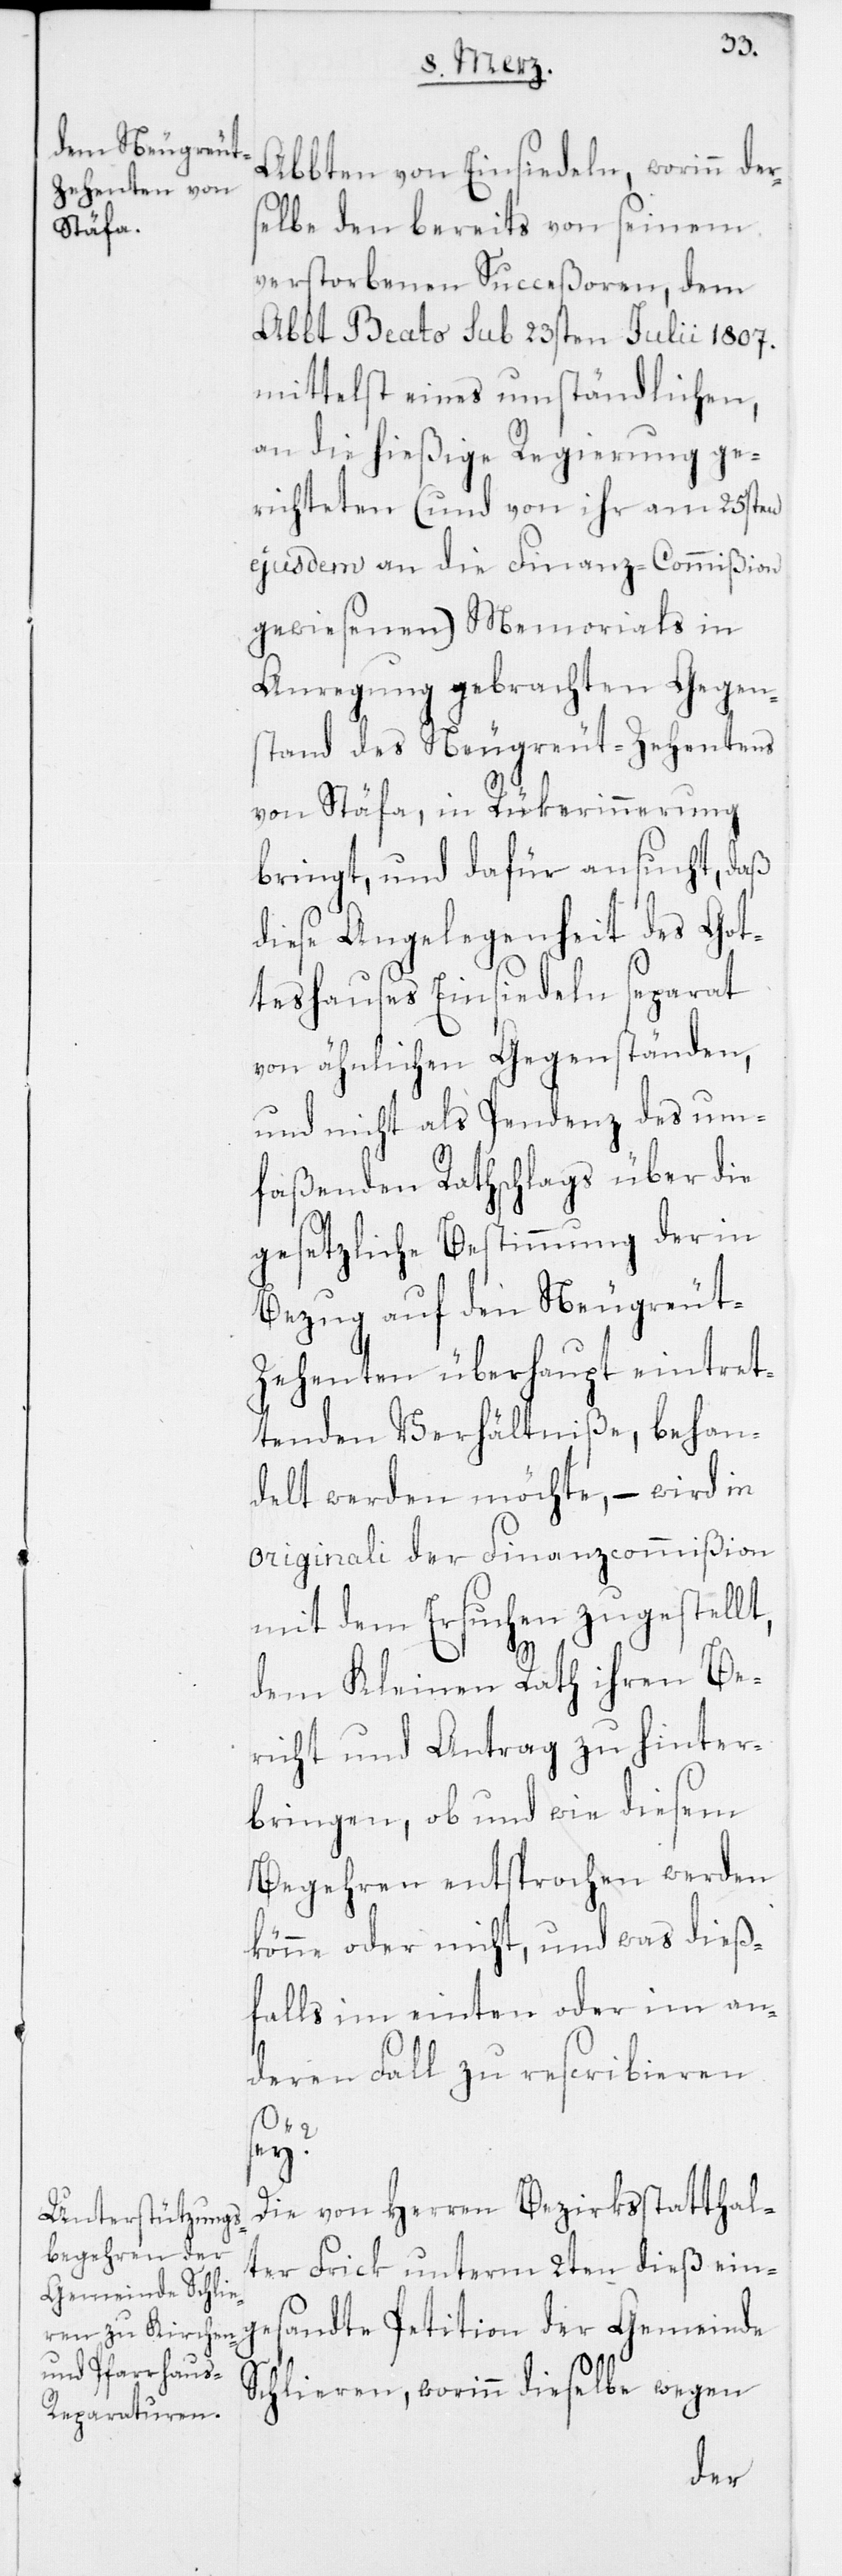
Abbten von Einsiedeln, worinn ders¬
elbe den bereits von seinem
verstorbenen Succeßoren, dem
Abbt Beato sub 23sten Julii 1807.
mittelst eines umständlichen,
an die hießige Regierung ge¬
richteten (und von ihr am 25sten
ejusdem an die Finanz-Commißion
gewiesenen) Memorials in
Anregung gebrachten Gegen¬
stand des Neugreut-Zehentens
von Stäfa, in Rükerinnerung
bringt, und dafür ansucht, daß
diese Angelegenheit des Got¬
teshauses Einsiedeln separat
von ähnlichen Gegenständen,
und nicht als Pendenz des um¬
faßenden Rathschlags über die
gesetzliche Bestimmung der in
Bezug auf den Neugreut-Z¬
ehenten überhaupt eintret¬
tenden Verhältniße, behan¬
delt werden möchte, – wird in
originali der Finanzcommißion
mit dem Ersuchen zugestellt,
dem Kleinen Rath ihren Be¬
richt und Antrag zu hinter¬
bringen, ob und wie diesem
Begehren entsprochen werden
könne oder nicht, und was dieß¬
falls im einten oder im an¬
deren Fall zu rescribieren
sey?
Die von Herren Bezirksstatthal¬
ter Frick unterm 2ten dieß ein¬
gesandte Petition der Gemeinde
Schlieren, worinn dieselbe wegen